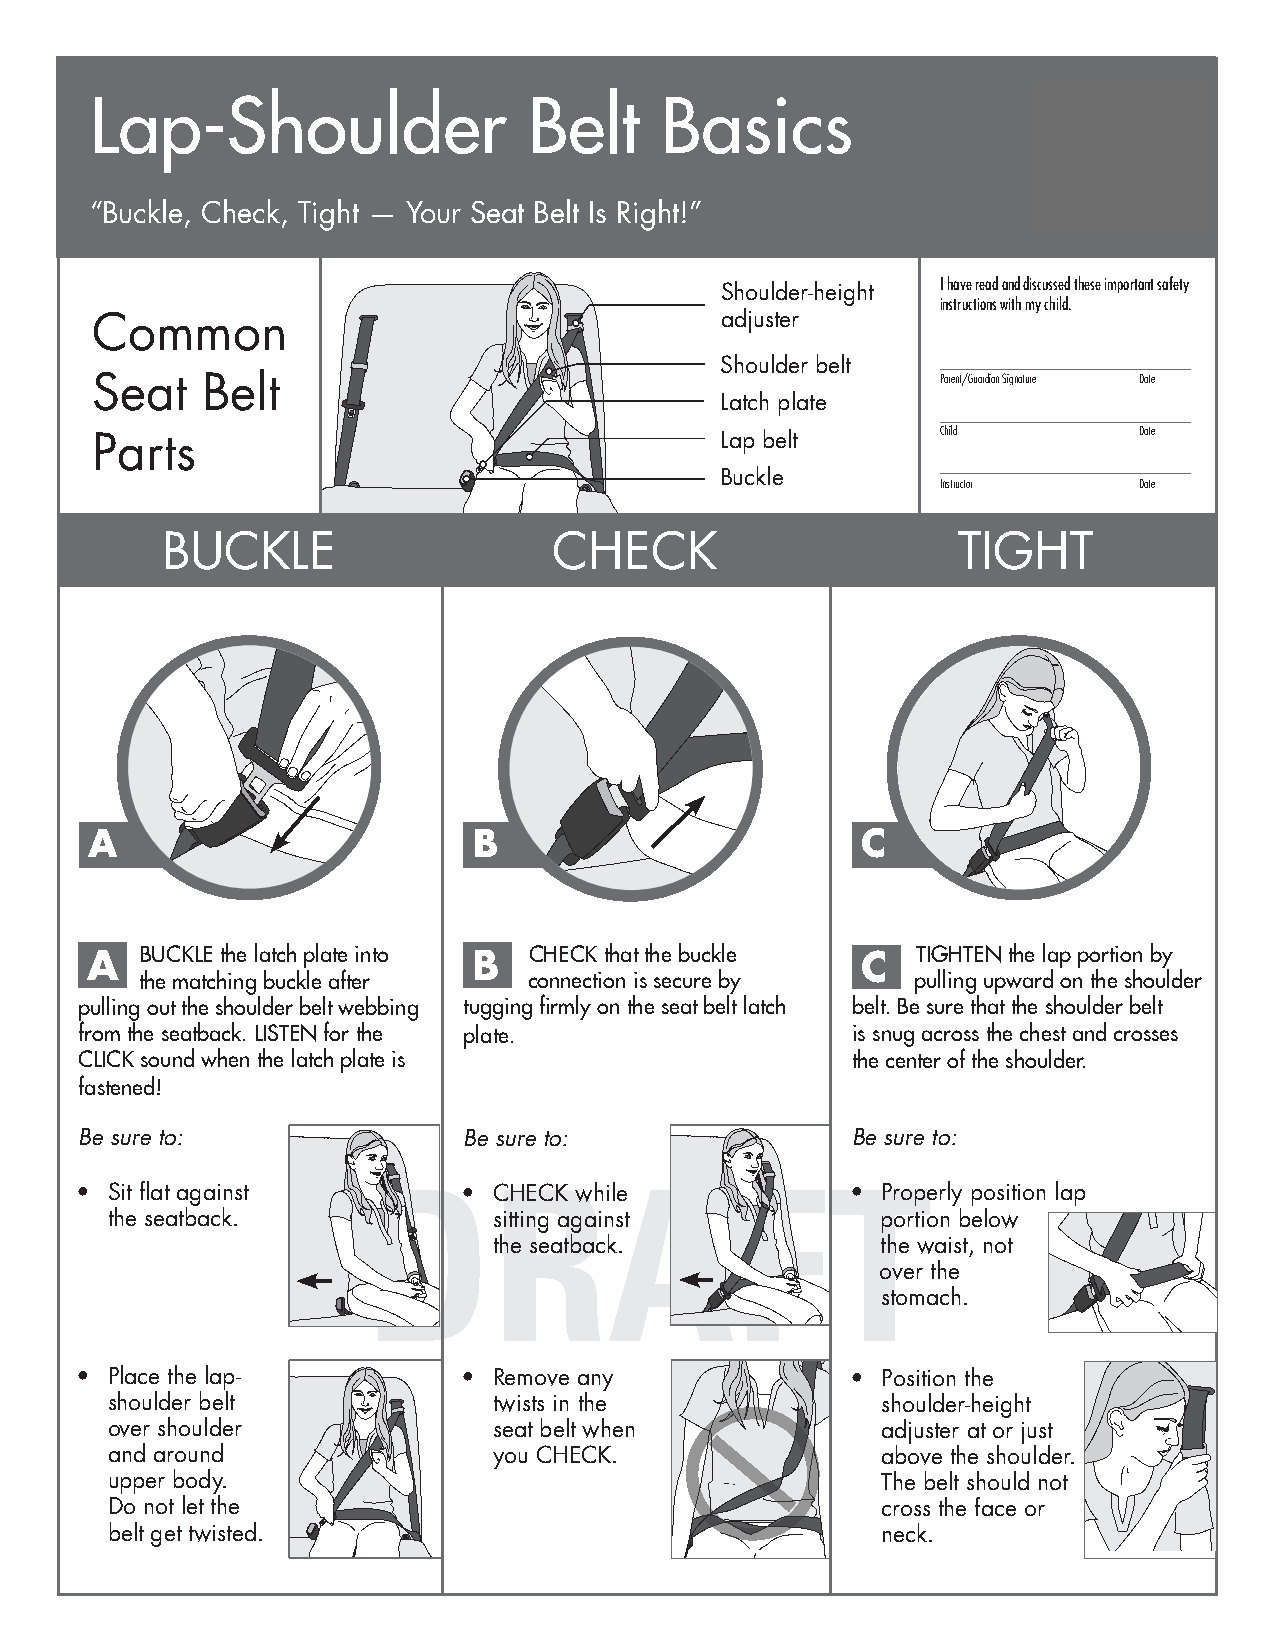
Lap-Shoulder                 Belt     Basics
 “Buckle, Check, Tight — Your Seat Belt Is Right!”
 I have read and discussed these important safety
 Shoulder-height
 instructions with my child.
 Common                                    adjuster
 Shoulder belt
 Seat   Belt                                             Parent/Guardian Signature Date
 Latch plate
 Parts                                     Lap belt      Child        Date
 Buckle
 Instructor   Date
 BUCKLE                    CHECK                     TIGHT
 A                        B                         C
 A  BUCKLE the latch plate into B CHECK that the buckle C TIGHTEN the lap portion by
 the matching buckle after connection is secure by   pulling upward on the shoulder
 pulling out the shoulder belt webbing tugging firmly on the seat belt latch belt. Be sure that the shoulder belt
 from the seatback. LISTEN for the plate.           is snug across the chest and crosses
 CLICK sound when the latch plate is                the center of the shoulder.
 fastened!
 Be sure to:               Be sure to:              Be sure to:
 • Sit flat against D•       RCHECK whiAle   FT•      Properly position lap
 the seatback.             sitting against          portion below
 the seatback.            the waist, not
 over the
 stomach.
 • Place the lap-          • Remove any             • Position the
 shoulder belt             twists in the            shoulder-height
 over shoulder             seat belt when           adjuster at or just
 and around                you CHECK.               above the shoulder.
 upper body.                                        The belt should not
 Do not let the                                     cross the face or
 belt get twisted.                                  neck.